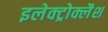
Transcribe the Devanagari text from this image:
इलेक्ट्रोक्लैश